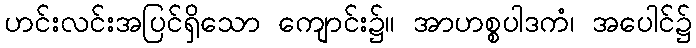
ဟင်းလင်းအပြင်ရှိသော ကျောင်း၌။ အာဟစ္စပါဒကံ၊ အပေါင်၌